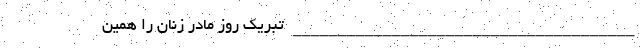
______________________________________ تبریک روز مادر زنان را همین